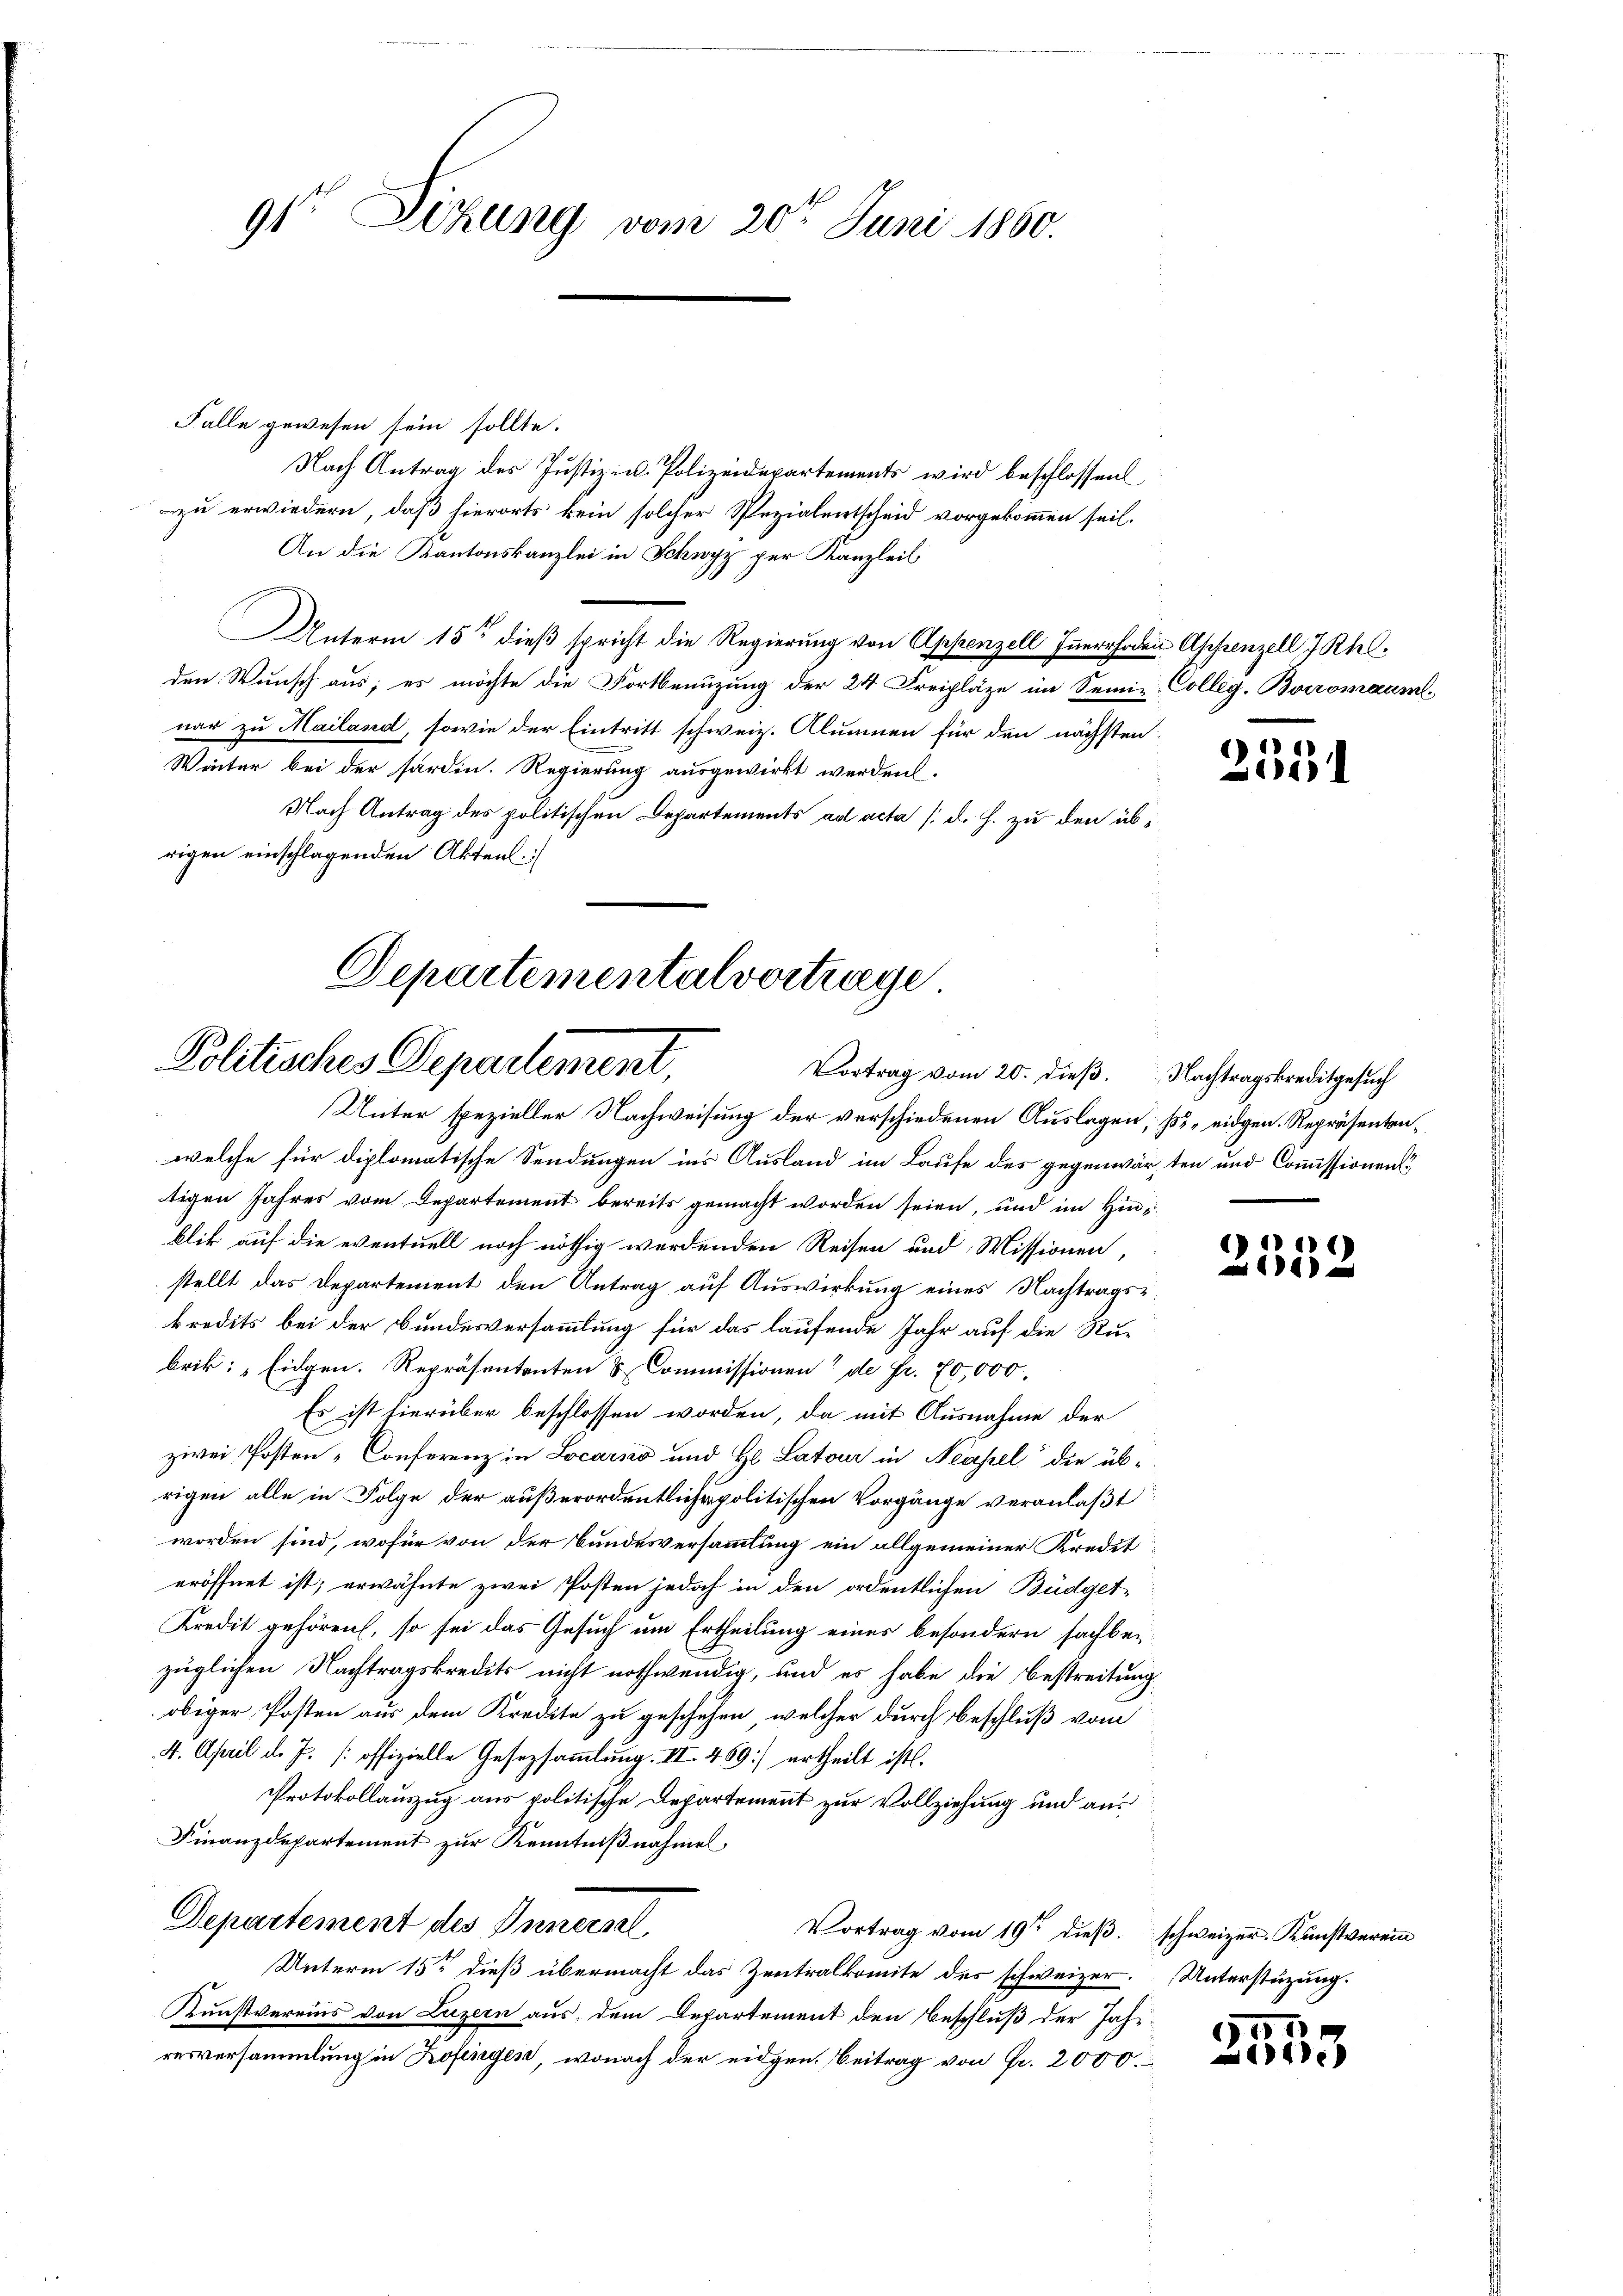
9te Sitzung vom 20ten Juni 1860.

Falle gewesen sein sollte.
Nach Antrag des Justiz- u. Polizeidepartements wird beschlossen
zu erwiedern, daß hierorts kein solcher Spezialentscheid vorgekommen sei.
An die Kantonskanzlei in Schwyz per Kanzleil
Unterm 15ten dieß spricht die Regierung von Appenzell Inerrhoden Appenzell 7 Khelden Wunsch aus; es möchte die Fortbenuzung der 24 Freipläze im Semie Colleg. Boromaum-
nar zu Mailand, sowie der Eintritt schweiz. Alumnen für den nächsten:
Winter bei der fardin. Regierung ausgewirkt werden.
Nach Antrag des politischen Departements ad acta (d. h. zu den übrigen einschlagenden Akten

Departementalvortrage
Politisches Departement,
Vortrag vom 20. dieß.

Unter spezieller Nachweisung der verschiedenen Auslagen, so eidgen. Repräsentenwelche für diplomatische Sendungen ins Ausland im Laufe des gegenwärten und Commissionenstigen Jahres vom Departement bereits gemacht worden seien, und im Hinblik auf die eventuell noch nöthig werdenden Reisen und Missionen,
stellt das Departement den Antrag auf Auswirkung eines Nachtragskredits bei der Bundesversammlung für das laufende Jahr auf die Rubrik: „Eidgen. Repräsententen & Commissionen“ de Fr. 70,000.
Es ist hierüber beschlossen worden, da mit Ausnahme der
zwei Posten-Conferenz in Locarico und Hl. Latour in Neapel die üb-
rigen alle in Folge der außerordentliche politischen Vorgänge veranlaßt
worden sind, wofür von der Bundesversammlung ein allgemeiner Kredit
eröffnet ist; erwähnte zwei Posten jedoch in den ordentlichen Büdget-
Kredit gehören, so sei das Gesuch um Ertheilung eines besondern sachber
züglichen Nachtragskredits nicht nothwendig, und es habe die Bestreitung
obiger Posten aus dem Kredite zu geschehen, welcher durch beschluß vom
4. April d. J. [offizielle Gesetzsammlung. II. 469] ertheilt ist.
Protokollauszug aus politische Departement zur Vollziehung und aus
Finanzdepartement zur Kenntnißnahmen,
Departement des Innern
Vortrag vom 19ten dieß schweizer. Kunstverein
Unterm 15ten dieß übermacht das Zentralkomite des schweizer. Unterstüzung.
Kunstvereins von Luzern aus dem Departement den Beschluß der Jahr-
resversammlung in Kofingen, wonach der eidgen. Beitrag von Fr. 2000.

)
5

Nachtragskreditgesuch

e
14)

2553